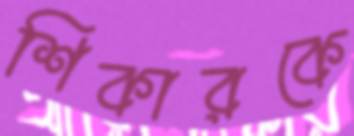
শিকারকে